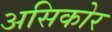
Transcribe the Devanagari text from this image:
असिकोर